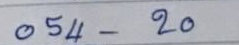
054 - 20